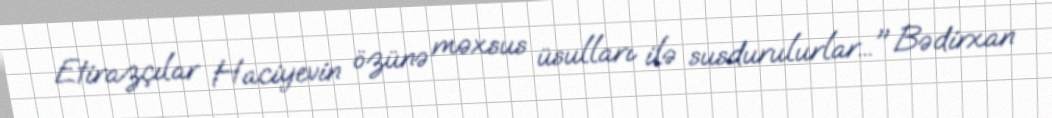
Etirazçılar Haciyevin özünə məxsus üsulları ilə susdurulurlar..." Bədirxan